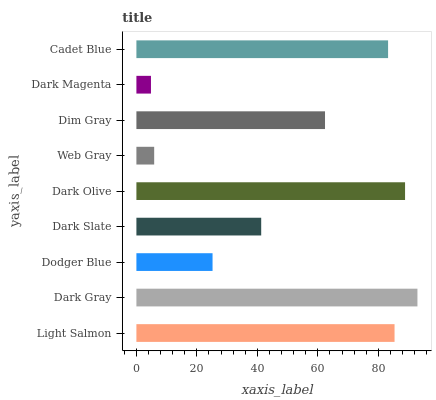
| yaxis_label | bars |
 | --- | --- |
 | Light Salmon | 85.4 |
 | Dark Gray | 92.9 |
 | Dodger Blue | 25.2 |
 | Dark Slate | 41.3 |
 | Dark Olive | 88.8 |
 | Web Gray | 5.88 |
 | Dim Gray | 62.4 |
 | Dark Magenta | 4.82 |
 | Cadet Blue | 83.2 |